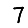
Digit: 7